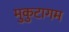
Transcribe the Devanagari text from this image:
मुकुटागम